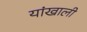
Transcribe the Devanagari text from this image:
यांखाली